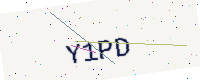
Text: Y1PD